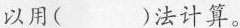
以用( )法计算。